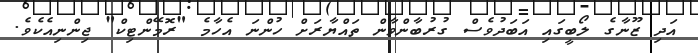
އަދި ޒޫނާގެ ލޯބީގައި އަބަދުވެސް ގުރުބާންވާން ތައްޔާރަށް ހުންނަ އެހާމެ "ރޮމޭންޓިކް" ޖިންނިއެކެވެ.